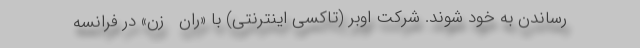
رساندن به خود شوند. شرکت اوبر (تاکسی اینترنتی) با «ران   زن» در فرانسه